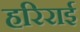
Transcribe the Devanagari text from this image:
हरिराई